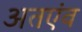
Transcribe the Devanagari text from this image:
अतएंव